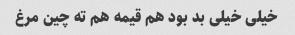
خیلی خیلی بد بود هم قیمه هم ته چین مرغ